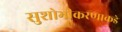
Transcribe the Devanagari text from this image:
सुशोभीकरणाकडे